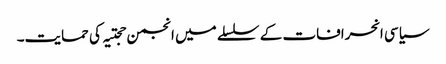
سیاسی انحرافات کے سلسلے میں انجمن حجتیہ کی حمایت۔